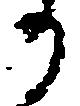
か